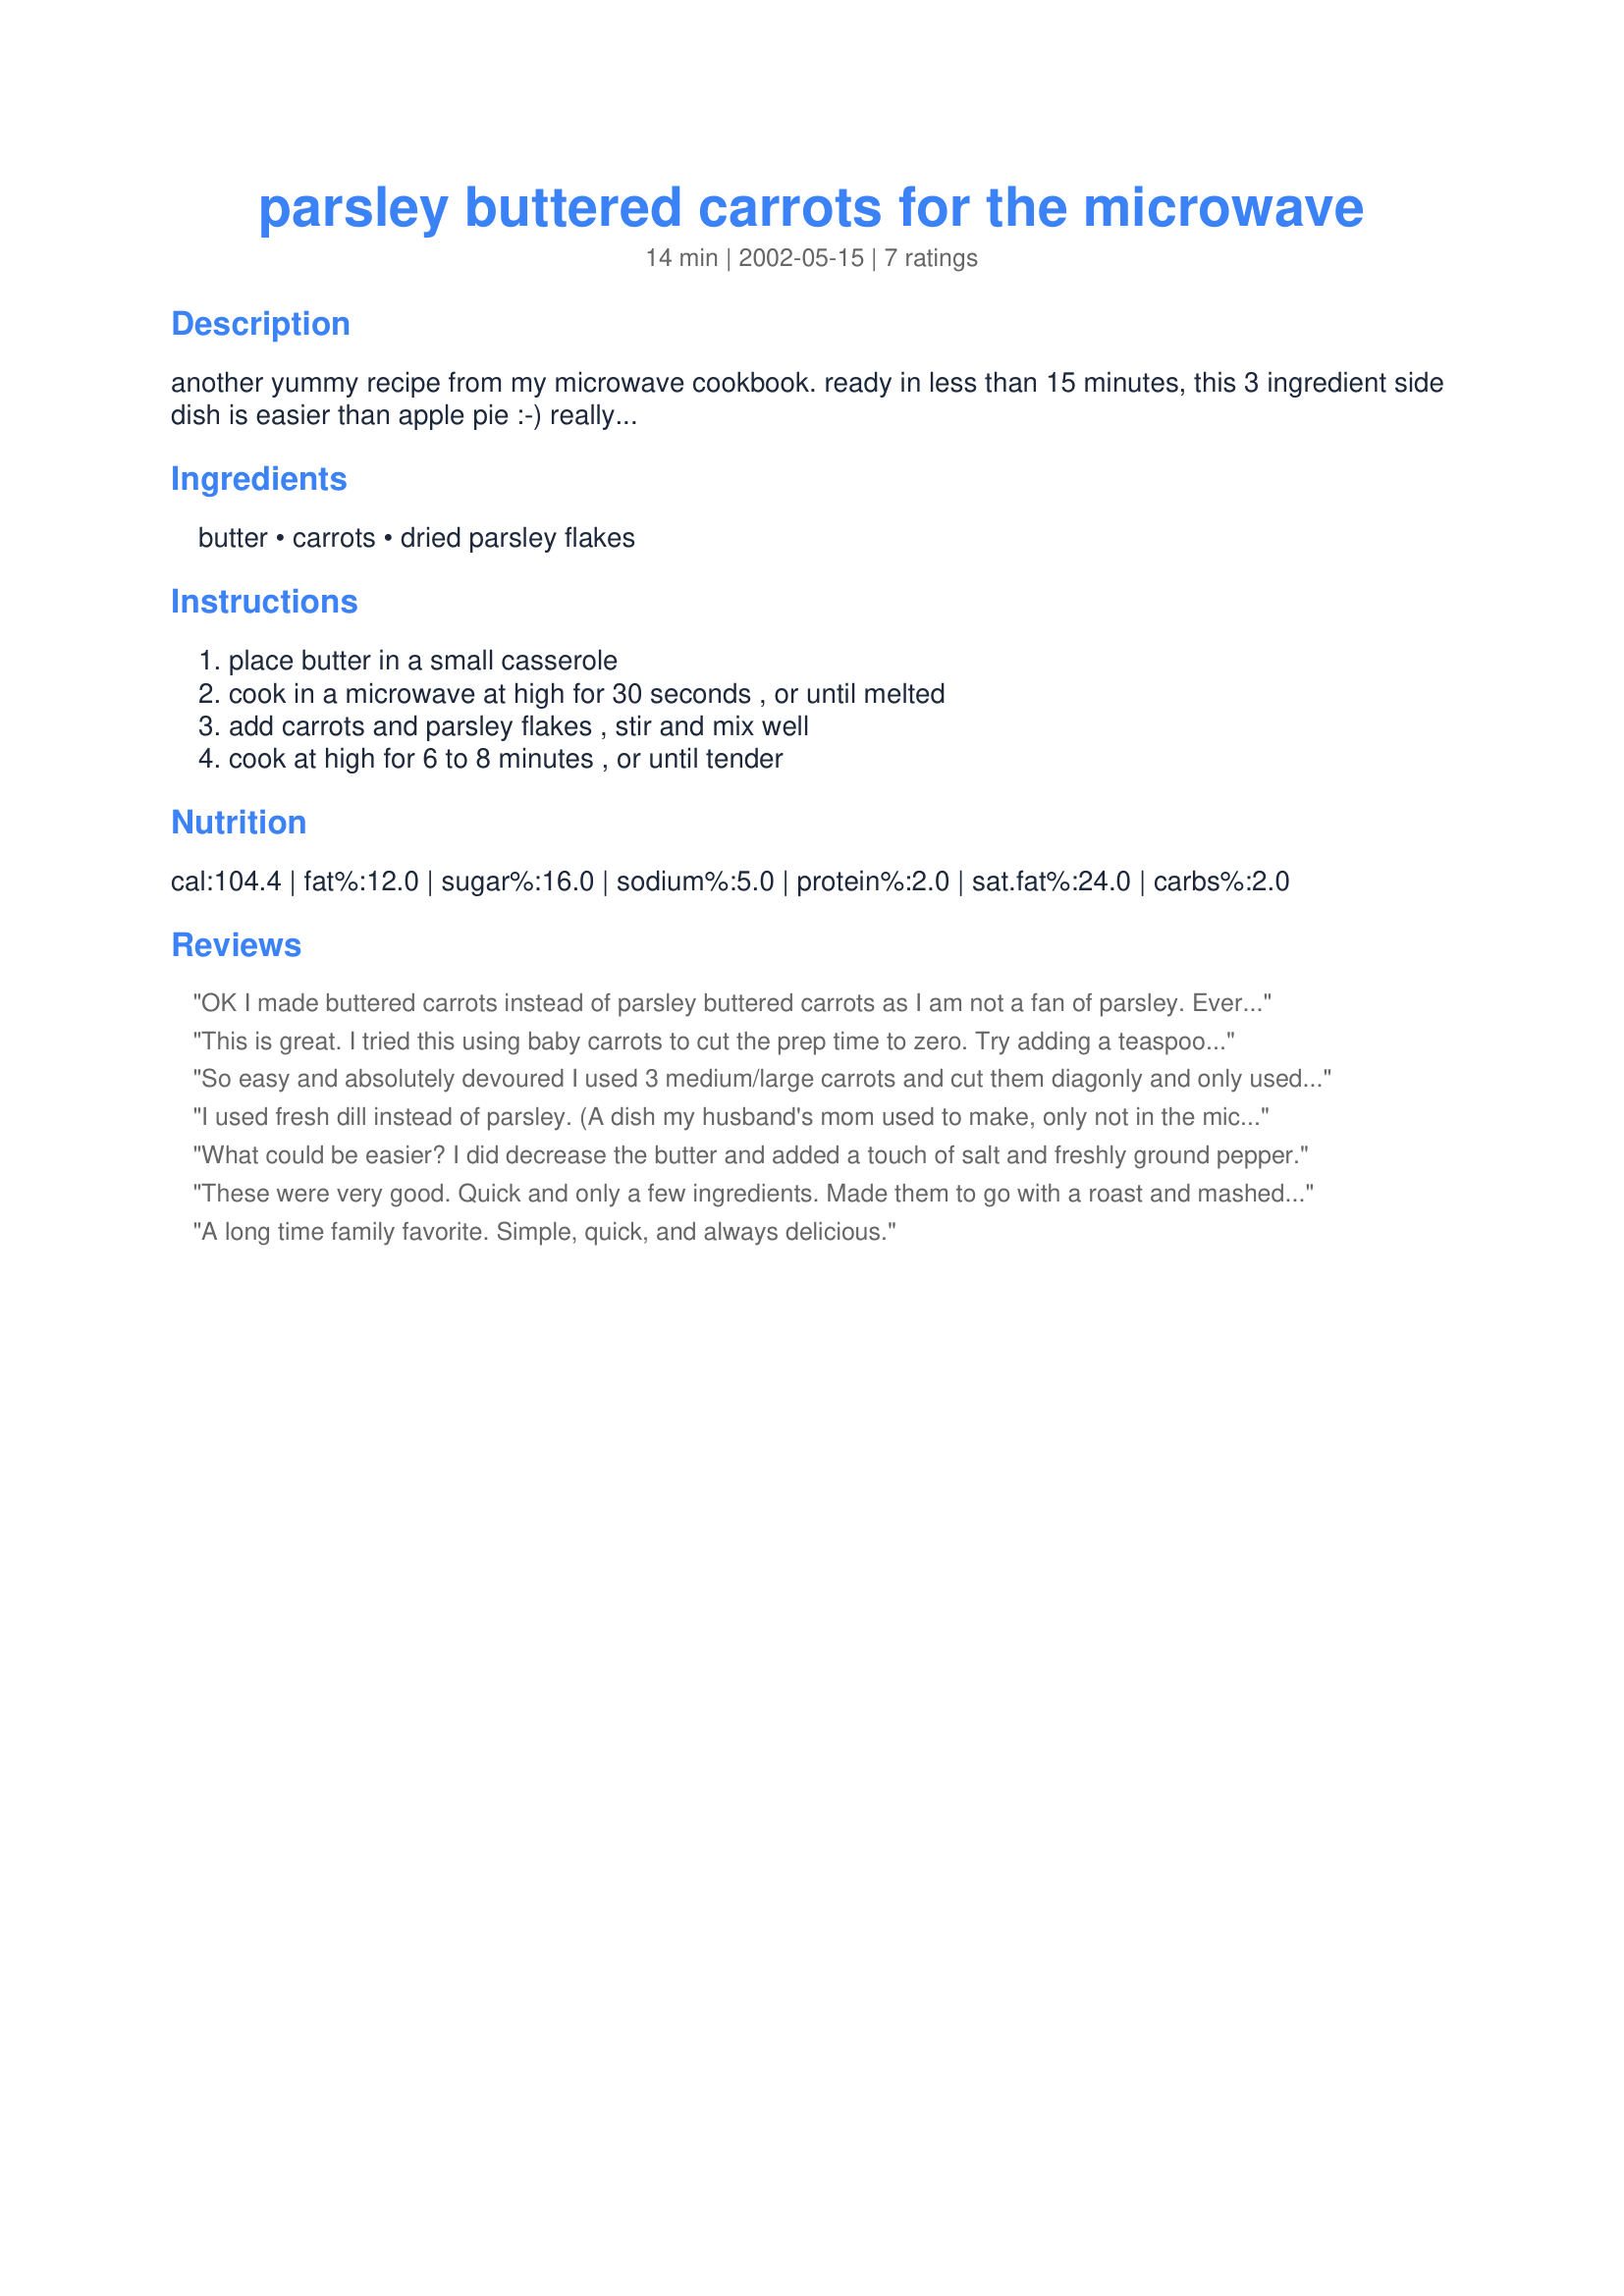
parsley buttered carrots for the microwave
Preparation time: 14 minutes

another yummy recipe from my microwave cookbook. ready in less than 15 minutes, this 3 ingredient side dish is easier than apple pie :-) really...

Ingredients:
butter, carrots, dried parsley flakes

Steps:
place butter in a small casserole, cook in a microwave at high for 30 seconds , or until melted, add carrots and parsley flakes , stir and mix well, cook at high for 6 to 8 minutes , or until tender

Reviews:
OK I made buttered carrots instead of parsley buttered carrots as I am not a fan of parsley. Everyone enjoyed them and it was so easy to make them in the microwave. I put the carrots and butter in the dish at the same time and cooked them for five minutes in my microwave.Quick easy side dish.
This is great. I tried this using baby carrots to cut the prep time to zero. Try adding a teaspoon of dill seed and a teaspoon of lemon, for a little extra something special. Delish!
So easy and absolutely devoured I used 3 medium/large carrots and cut them diagonly and only used 1 1/2 tablespoons of butter and 3/4 tablespoon of dried parsley and they were great - would be more than happy to use this as a basic tecnique in the future and maybe do with some honey for a sweet carrot or add some spice or curry for something with a little heat, you could let the imagination go a little wild here. Thank you Anu, made for Healthy Choices ABC.
I used fresh dill instead of parsley. (A dish my husband's mom used to make, only not in the microwave.) Delicious!!
What could be easier? I did decrease the butter and added a touch of salt and freshly ground pepper.
These were very good. Quick and only a few ingredients. Made them to go with a roast and mashed potatoes. My husband just about hogged them all!
A long time family favorite. Simple, quick, and always delicious.
